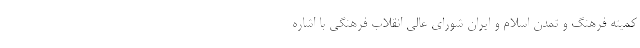
کمیته فرهنگ و تمدن اسلام و ایران شورای عالی انقلاب فرهنگی با اشاره